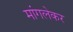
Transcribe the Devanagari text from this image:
मांगलेकर